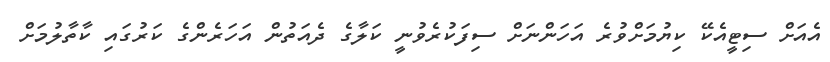
އެއަށް ސިޓީއެކޭ ކިޔުމަށްވުރެ އަހަންނަށް ސިފަކުރެވުނީ ކަލާގެ ދެއަތުން އަހަރެންގެ ކަރުގައި ކާތާލުމަށް